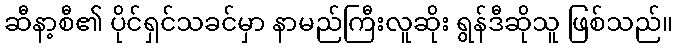
ဆီနာ့စီ၏ ပိုင်ရှင်သခင်မှာ နာမည်ကြီးလူဆိုး ရွန်ဒီဆိုသူ ဖြစ်သည်။